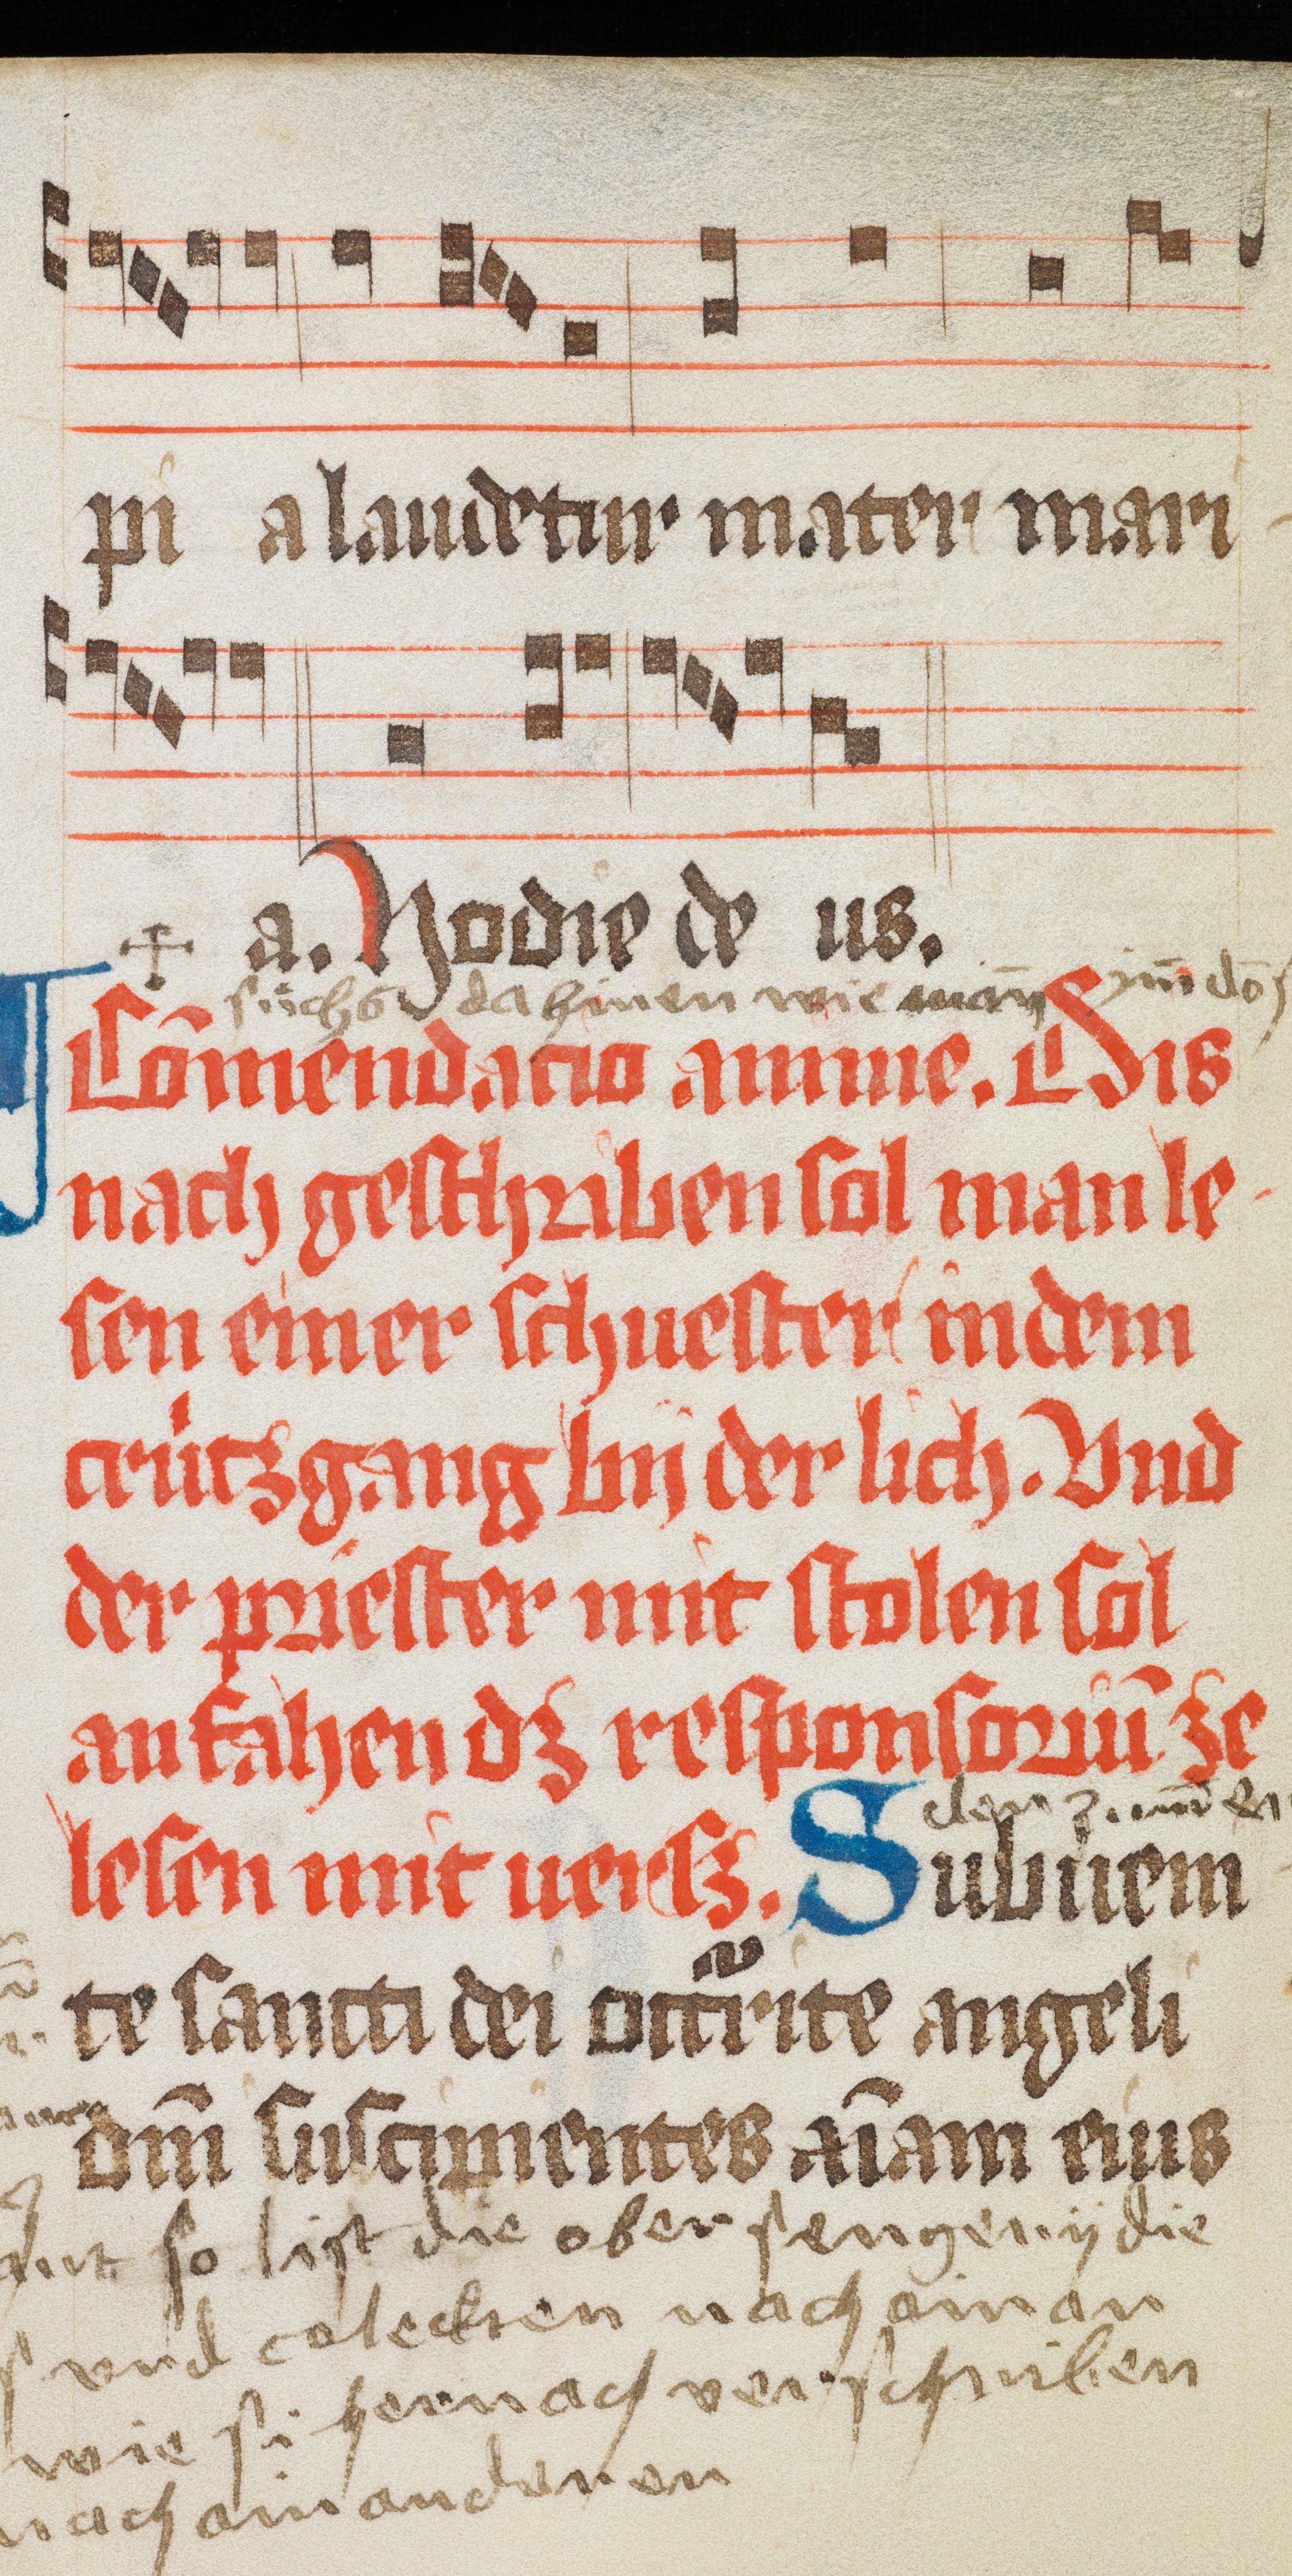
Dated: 1484–1487